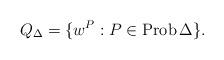
LaTeX: \begin{align*}Q_{\Delta}=\{w^P: P\in \operatorname{Prob}{\Delta}\}.\end{align*}